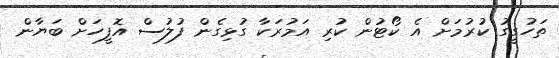
ތަހުގީގު ކުރުމަށް އެ ކޯޓުން ކުރި އަމުރަކާ ގުޅިގެން ފުލުސް އޮފީހަށް ބަޔާން